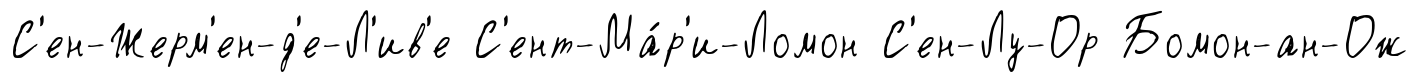
С'ен-Жерм'ен-д'е-Л'ив'е С'ент-Ма́р'и-Ломон С'ен-Лу-Ор Бомон-ан-Ож